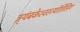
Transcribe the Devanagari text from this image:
त्र्यंबकेश्‍वरज्योर्तिलिंग